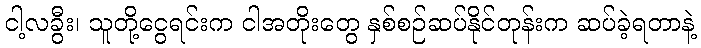
ငါ့လခွီး၊ သူတို့ငွေရင်းက ငါအတိုးတွေ နှစ်စဉ်ဆပ်နိုင်တုန်းက ဆပ်ခဲ့ရတာနဲ့